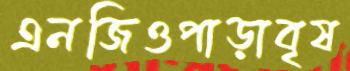
এনজিওপাড়াবৃষ